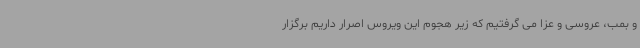
و بمب، عروسی و عزا می گرفتیم که زیر هجوم این ویروس اصرار داریم برگزار